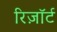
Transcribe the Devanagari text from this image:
रिज़ाॅर्ट